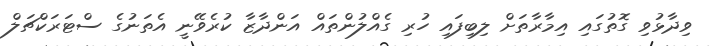
ވިދާޅުވި ގޮތުގައި އިމާރާތަށް ލިބިފައި ހުރި ގެއްލުންތައް އަންދާޒާ ކުރެވޭނީ އެތަނުގެ ސްޓަރަކްޗަލް